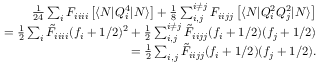
\begin{array} { r l r } & { } & { \frac { 1 } { 2 4 } \sum _ { i } F _ { i i i i } \left[ \langle N | Q _ { i } ^ { 4 } | N \rangle \right] + \frac { 1 } { 8 } \sum _ { i , j } ^ { i \neq j } F _ { i i j j } \left[ \langle N | Q _ { i } ^ { 2 } Q _ { j } ^ { 2 } | N \rangle \right] } \\ & { } & { = \frac { 1 } { 2 } \sum _ { i } \tilde { F } _ { i i i i } { ( f _ { i } + 1 / 2 ) ^ { 2 } } + \frac { 1 } { 2 } \sum _ { i , j } ^ { i \neq j } \tilde { F } _ { i i j j } ( f _ { i } + 1 / 2 ) ( f _ { j } + 1 / 2 ) } \\ & { } & { = \frac { 1 } { 2 } \sum _ { i , j } \tilde { F } _ { i i j j } ( f _ { i } + 1 / 2 ) ( f _ { j } + 1 / 2 ) . } \end{array}